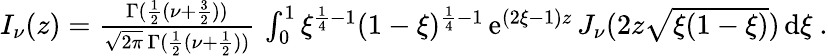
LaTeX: \begin{array}{r}{I_{\nu}(z)=\frac{\Gamma(\frac{1}{2}(\nu+\frac{3}{2}))}{\sqrt{2\pi}\, \Gamma(\frac{1}{2}(\nu+\frac{1}{2}))}\, \int_{0}^{1}\xi^{\frac{1}{4}-1}(1-\xi)^{\frac{1}{4}-1}\, \mathrm{e}^{(2\xi-1)z}\, J_{\nu}(2z\sqrt{\xi(1-\xi)})\, \mathrm{d}\xi\ .}\end{array}